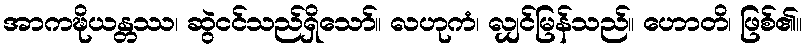
အာကဍ္ဎိယန္တဿ၊ ဆွဲငင်သည်ရှိသော်။ လဟုကံ၊ လျှင်မြန်သည်။ ဟောတိ၊ ဖြစ်၏။